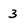
Character: 3